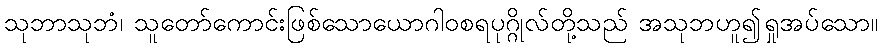
သုဘာသုဘံ၊ သူတော်ကောင်းဖြစ်သောယောဂါဝစရပုဂ္ဂိုလ်တို့သည် အသုဘဟူ၍ရှုအပ်သော။